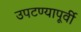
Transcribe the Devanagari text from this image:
उपटण्यापूर्वी